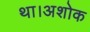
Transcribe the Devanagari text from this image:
था।अशोक